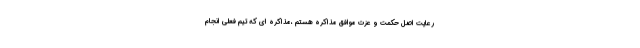
رعایت اصل حکمت و عزت موافق مذاکره هستم ،مذاکره ای که تیم فعلی انجام